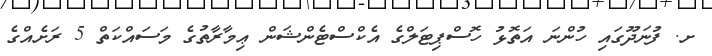
ށ. ފުނަދޫގައި ހުންނަ އަތޮޅު ހޮސްޕިޓަލްގެ އެކްސްޓެންޝަން ޢިމާރާތުގެ މަސައްކަތް 5 ރަށެއްގެ